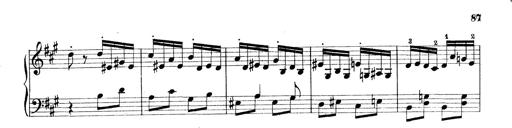
Title: Rapsodie: 19 ungheresi, 1 spagnuola
Composer: Franz Liszt